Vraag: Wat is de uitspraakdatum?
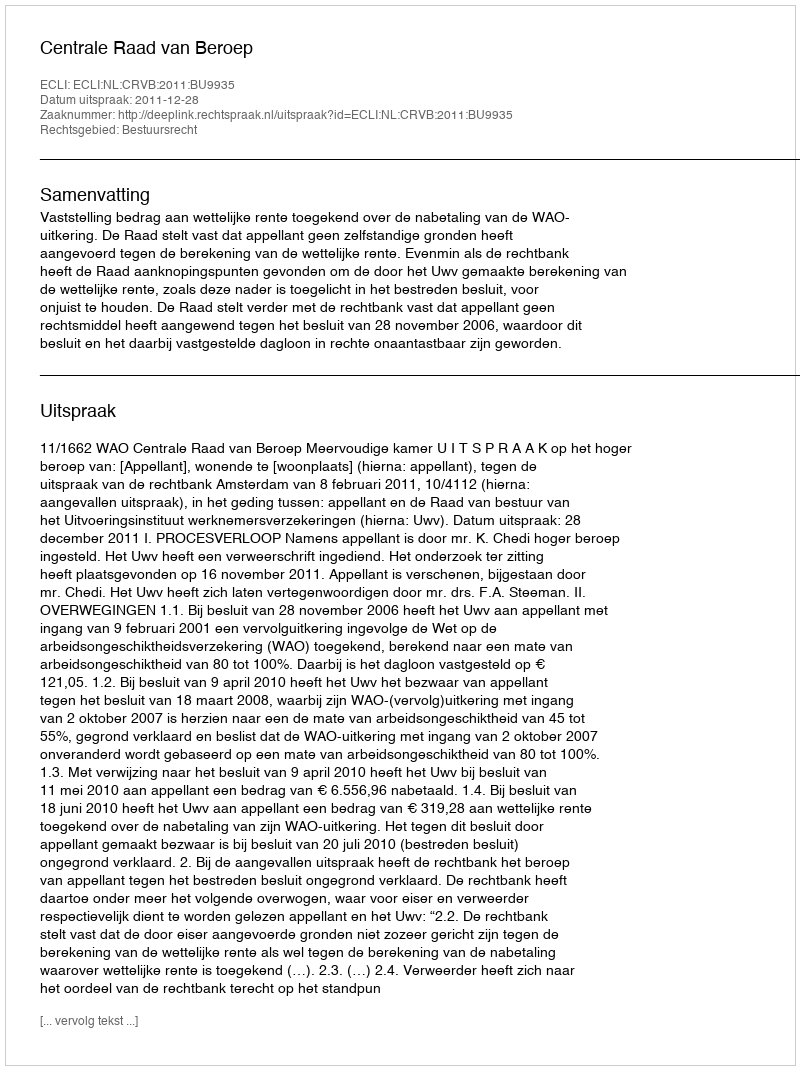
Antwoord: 2011-12-28